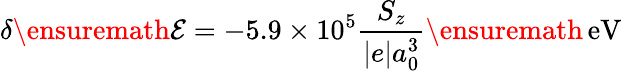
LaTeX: \delta{\ensuremath{\mathcal E}}=-5.9\times 10^{5}\frac{S_{z}}{|e|a_{0}^{3}}\ensuremath{\, \mathrm{eV}}